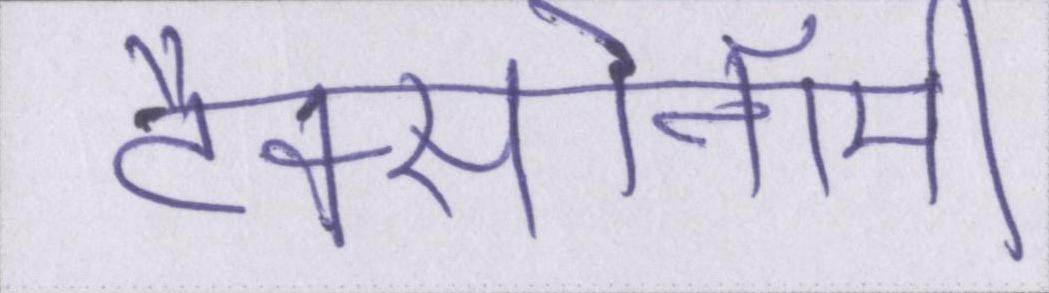
टैक्सोनॉमी